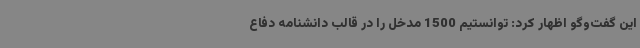
این گفت‌وگو اظهار کرد: توانستیم 1500 مدخل را در قالب دانشنامه دفاع